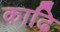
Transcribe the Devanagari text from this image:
काढि